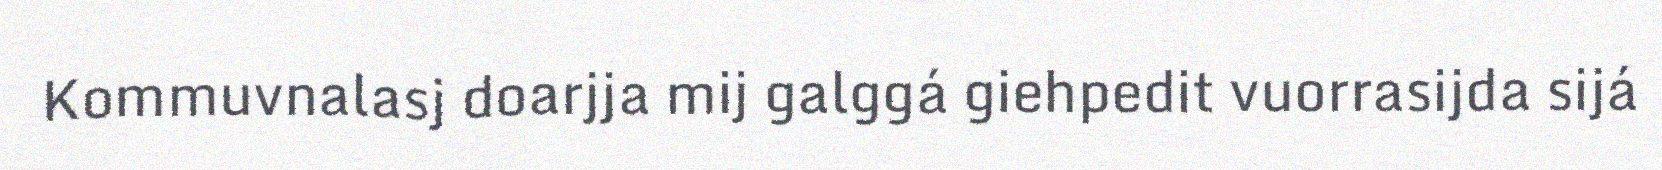
Kommuvnalasj doarjja mij galggá giehpedit vuorrasijda sijá